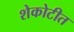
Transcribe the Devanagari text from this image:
शेकोटीत